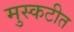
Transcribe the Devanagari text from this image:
मुस्कटीत